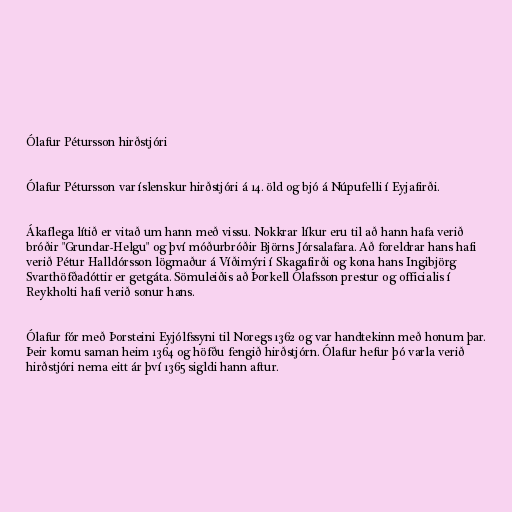
Ólafur Pétursson hirðstjóri

Ólafur Pétursson var íslenskur hirðstjóri á 14. öld og bjó á Núpufelli í Eyjafirði.

Ákaflega lítið er vitað um hann með vissu. Nokkrar líkur eru til að hann hafa verið
bróðir "Grundar-Helgu" og því móðurbróðir Björns Jórsalafara. Að foreldrar hans hafi
verið Pétur Halldórsson lögmaður á Víðimýri í Skagafirði og kona hans Ingibjörg
Svarthöfðadóttir er getgáta. Sömuleiðis að Þorkell Ólafsson prestur og officialis í
Reykholti hafi verið sonur hans.

Ólafur fór með Þorsteini Eyjólfssyni til Noregs 1362 og var handtekinn með honum þar.
Þeir komu saman heim 1364 og höfðu fengið hirðstjórn. Ólafur hefur þó varla verið
hirðstjóri nema eitt ár því 1365 sigldi hann aftur.